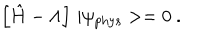
LaTeX: \left[ \hat { H } - \Lambda \right] \, | \psi _ { \mathrm { p h y s } } > = 0 \ .